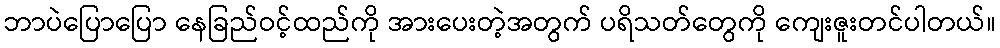
ဘာပဲပြောပြော နေခြည်ဝင့်ထည်ကို အားပေးတဲ့အတွက် ပရိသတ်တွေကို ကျေးဇူးတင်ပါတယ်။